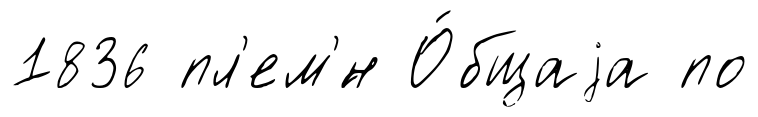
1836 пл'ем'́н О́бщаjа по